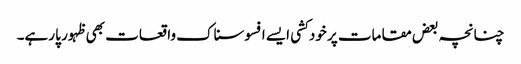
چنانچہ بعض مقامات پر خود کشی ایسے افسوسناک واقعات بھی ظہور پا رہے۔